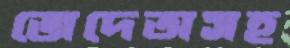
জেদেঅসহ